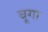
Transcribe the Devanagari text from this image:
बूगा